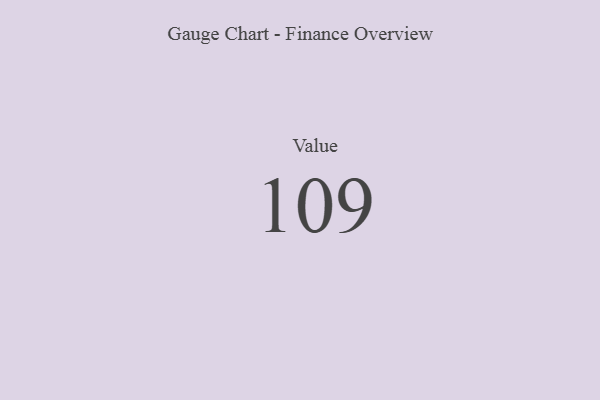
{"axis": {"x": "Metric", "y": "Value"}, "legend": [""], "data": [{"x": "Value", "y": 109, "type": ""}]}